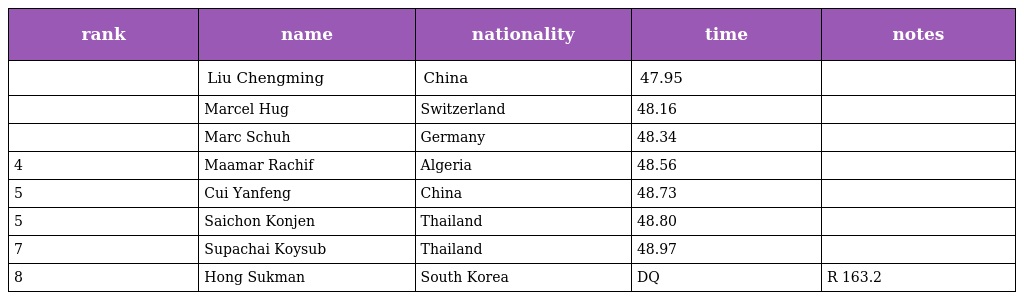
| rank | name | nationality | time | notes |
 | --- | --- | --- | --- | --- |
 |  | Liu Chengming | China | 47.95 |  |
 |  | Marcel Hug | Switzerland | 48.16 |  |
 |  | Marc Schuh | Germany | 48.34 |  |
 | 4 | Maamar Rachif | Algeria | 48.56 |  |
 | 5 | Cui Yanfeng | China | 48.73 |  |
 | 5 | Saichon Konjen | Thailand | 48.80 |  |
 | 7 | Supachai Koysub | Thailand | 48.97 |  |
 | 8 | Hong Sukman | South Korea | DQ | R 163.2 |